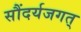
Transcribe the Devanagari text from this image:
सौंदर्यजगत्